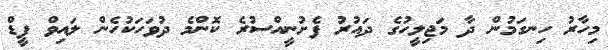
މިހާރު ހިނގަމުން ދާ މަޖިލީހުގެ ދައުރު ފެށުނީއްސުރެ ކޮންމެ ދުވަހަކުހެން ލައިވް ފީޑް